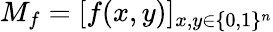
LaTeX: M_{f}=[f(x,y)]_{x,y\in\{ 0,1\} ^{n}}